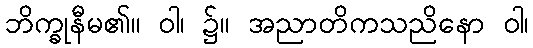
ဘိက္ခုနီမ၏။ ဝါ၊ ၌။ အညာတိကသညိနော ဝါ၊